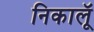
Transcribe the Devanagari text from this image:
निकालूॅ